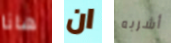
هانا ان أشربه